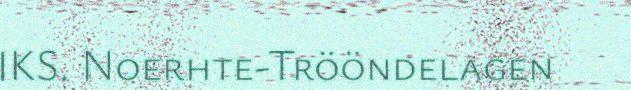
IKS. Noerhte-Trööndelagen